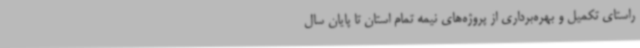
راستای تکمیل و بهره‌برداری از پروژه‌های نیمه تمام استان تا پایان سال